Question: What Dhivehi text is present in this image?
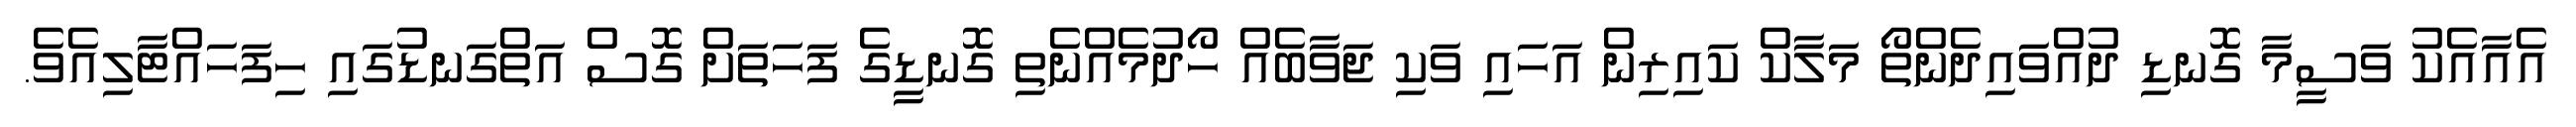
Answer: އެއާއެކު ވަސީމާ ގޮނޑި ދުއްވައިދެންތޯ މަލާކް ކައިރިން އަހައި ވަކި ޖަވާބެއް ހޯދުމެއްނެތި ގޮނޑީގެ ފަހަތަށް ގޮސް އަތްގަނޑުގައި ހިފަހައްޓާލިއެވެ.